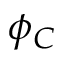
\phi _ { C }